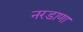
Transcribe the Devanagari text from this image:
नरडाणा